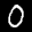
Label: 0